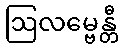
ဩလမ္ဗေန္တီ